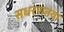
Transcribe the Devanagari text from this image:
सधरणतया